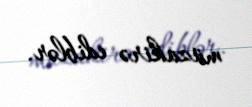
müzakirə ediblər.